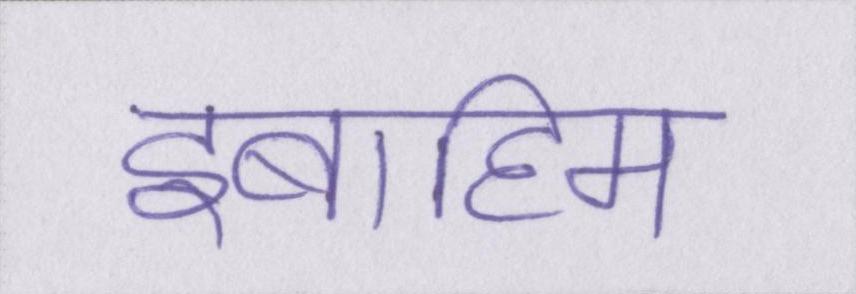
इब्राहिम